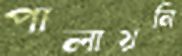
পালায়নি